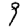
Digit: 9